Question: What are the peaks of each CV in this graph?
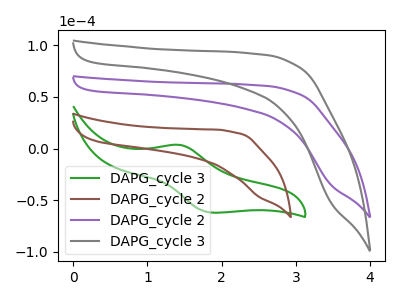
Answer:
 <answer>The green curve "DAPG_cycle 3" has an anodic peak at (1.45V, 3.70uA) and a cathodic peak at (1.90V, -61.95uA). The brown curve "DAPG_cycle 2" has no peaks. The purple curve "DAPG_cycle 2" has no peaks. The gray curve "DAPG_cycle 3" has no peaks.</answer>
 <eval></eval>